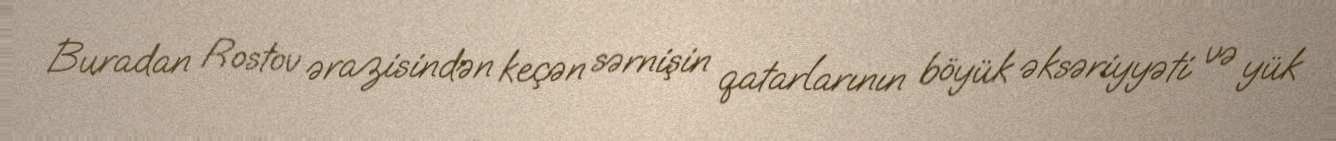
Buradan Rostov ərazisindən keçən sərnişin qatarlarının böyük əksəriyyəti və yük